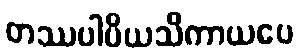
တဿပါပိယသိကာယပေ